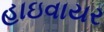
હાઇવાયર